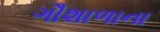
ગૌશાળાના